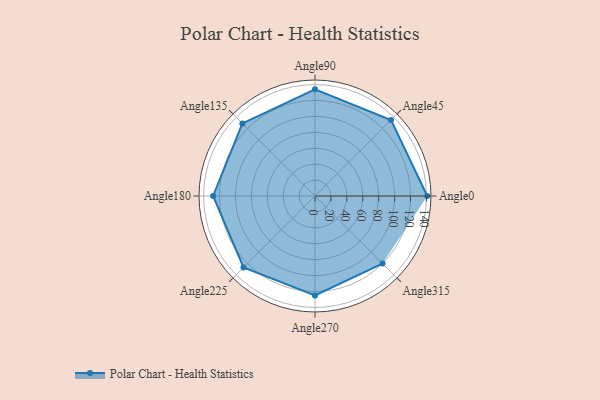
{"axis": {"x": "Angle", "y": "Radius"}, "legend": [""], "data": [{"x": "Angle0", "y": 141.0, "type": ""}, {"x": "Angle45", "y": 135.0, "type": ""}, {"x": "Angle90", "y": 134.0, "type": ""}, {"x": "Angle135", "y": 129.0, "type": ""}, {"x": "Angle180", "y": 128.0, "type": ""}, {"x": "Angle225", "y": 127.0, "type": ""}, {"x": "Angle270", "y": 125.0, "type": ""}, {"x": "Angle315", "y": 120.0, "type": ""}]}